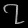
Digit: ၇